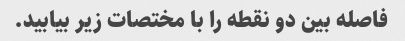
فاصله بین دو نقطه را با مختصات زیر بیابید.